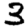
Digit: 3